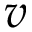
v